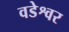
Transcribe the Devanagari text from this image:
वडेश्वर